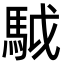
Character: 䮅